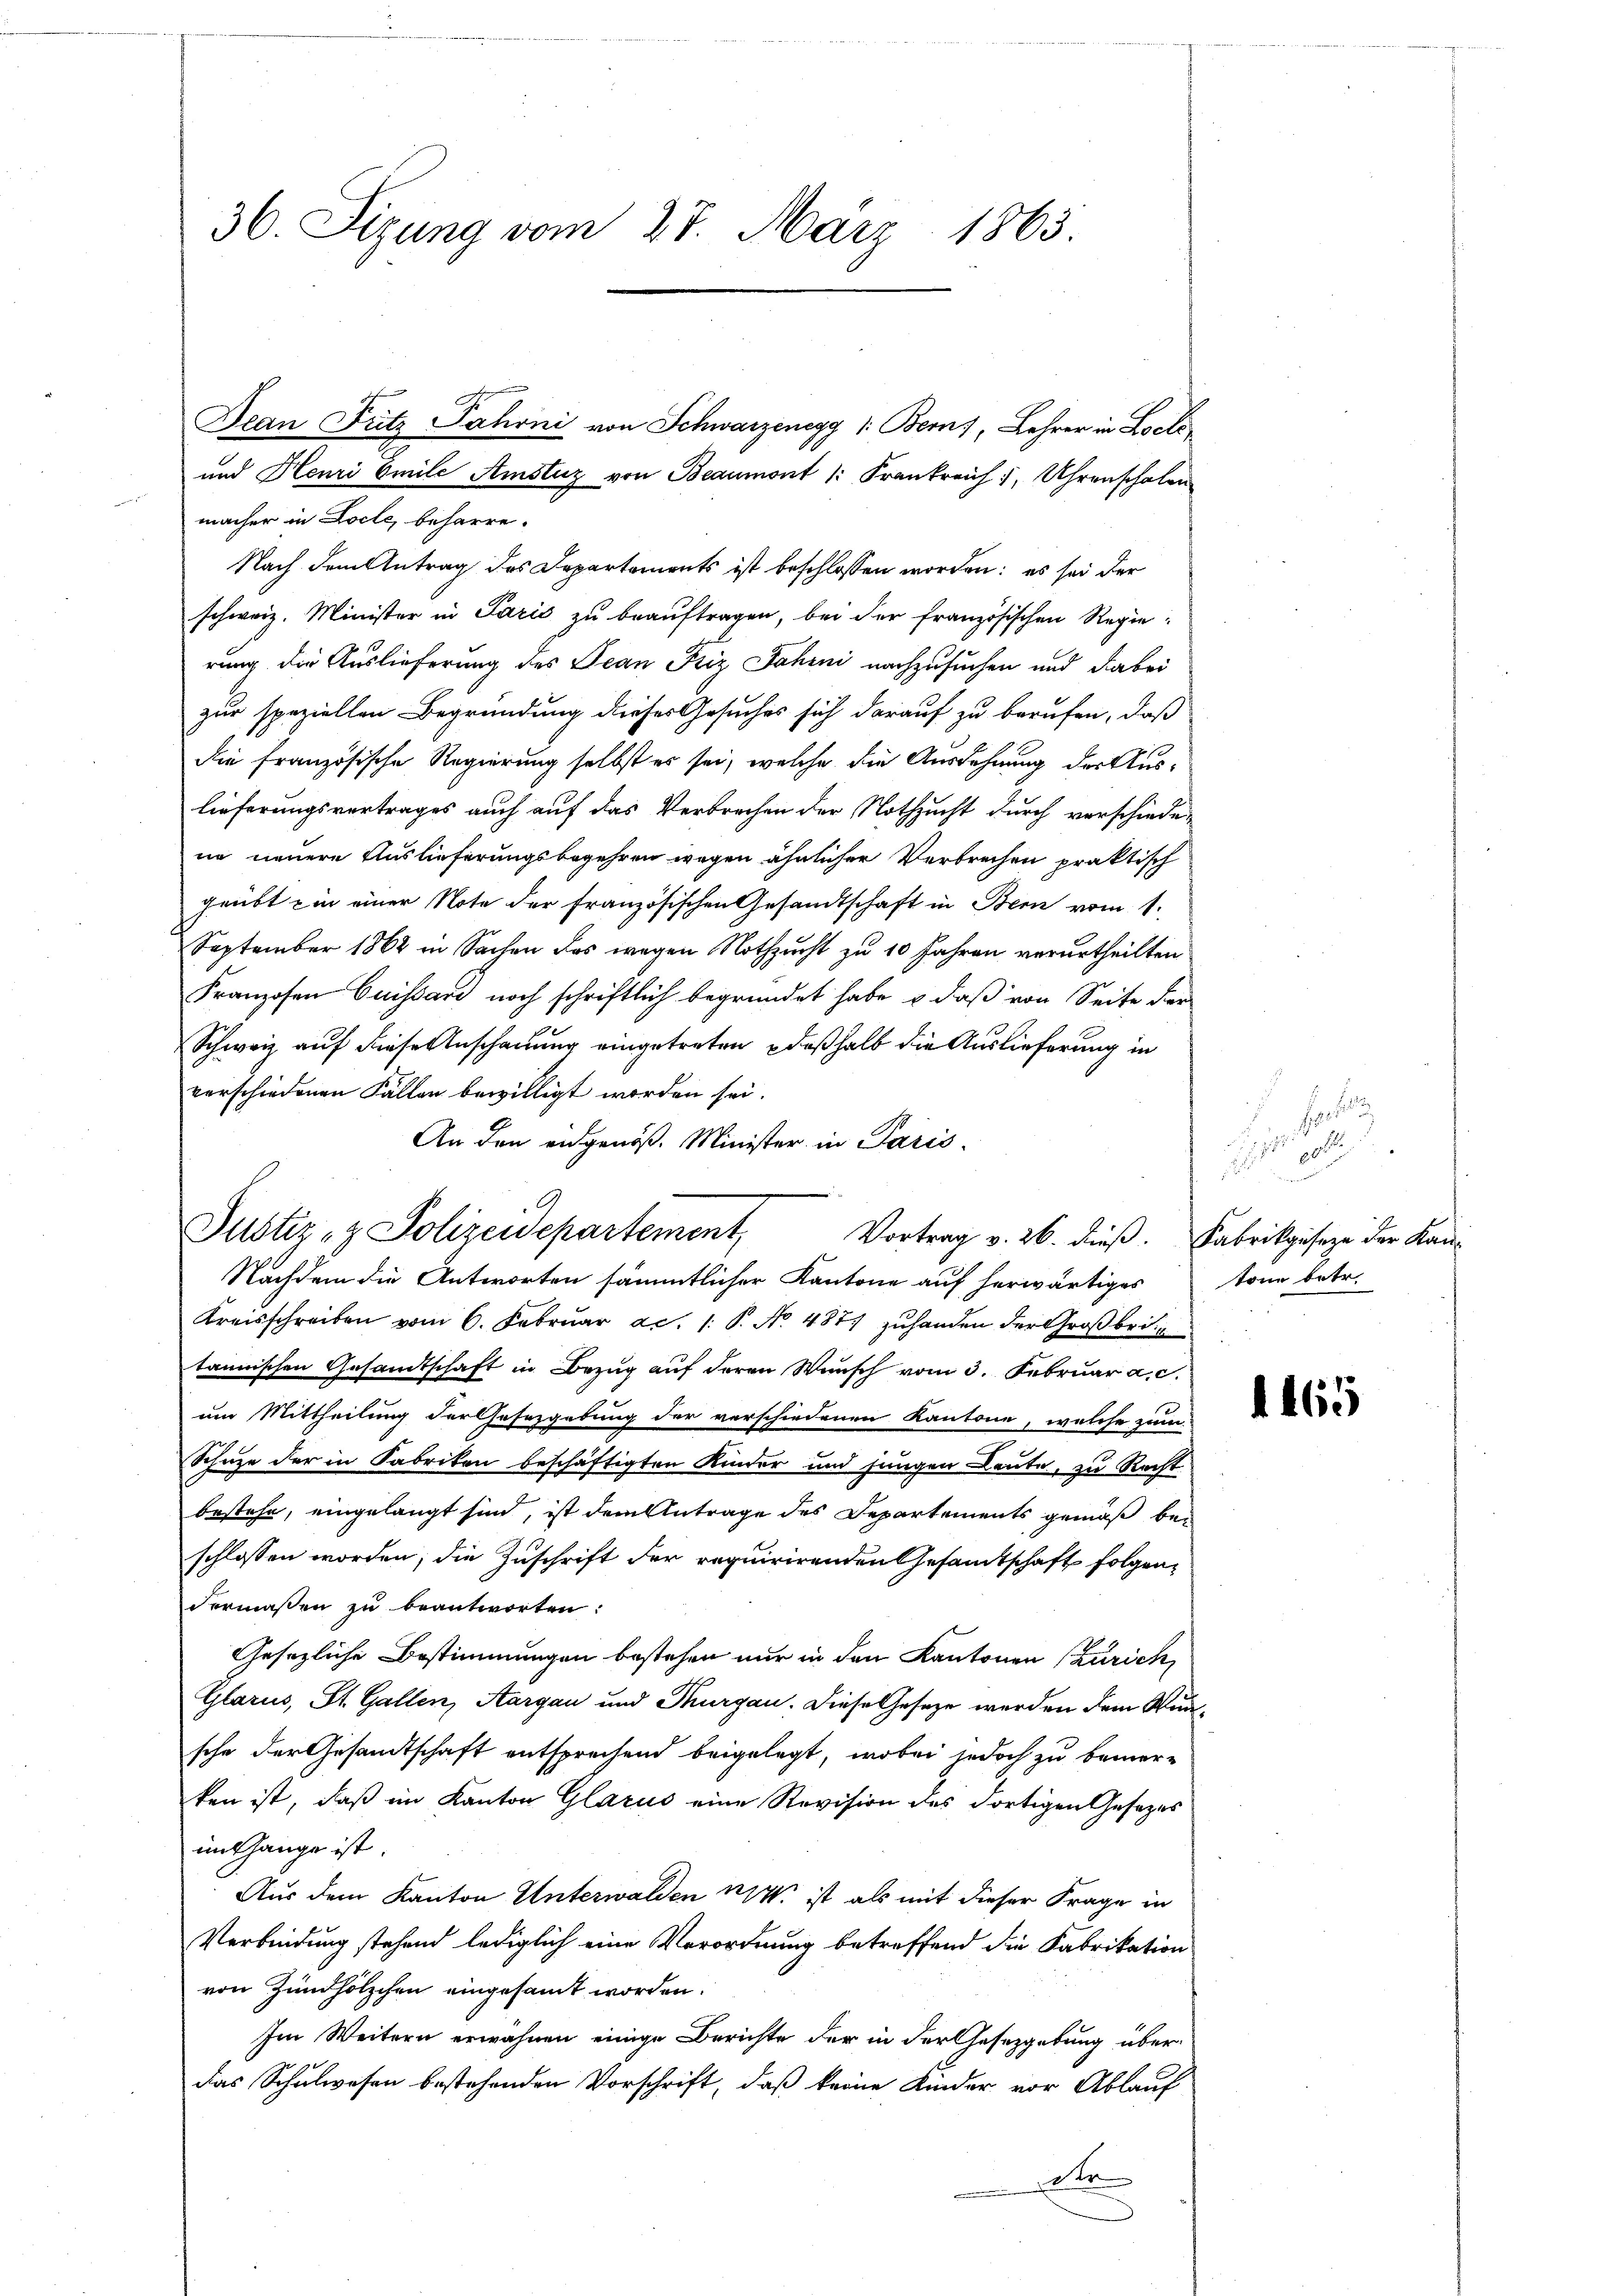
36. Sizung vom 27. März 1863.

Dean Fütz Jahrni von Schwarzenegg 1: Bern), Lehrer in Loele
und Henri Emile Amstuz von Beaumont 1: Frankreich, Uhrenschalen
macher in Locte, beharre.
Nach dem Antrag des Departements ist beschlossen worden; es sei der
schweiz. Minister in Paris zu beauftragen, bei der französischen Regierung die Auslieferung des Jean Piz Jahrni nachzusuchen und dabei
zur speziellen Begründung dieses Gesuches sich darauf zu berufen, daß
die französische Regierung selbst es sei, welche die Ausdehnung der Auslieferungsvertrages auch auf das Verbrechen der Nothzucht durch verschieden
ne neuere Auslieferungsbegehren wegen ähnlicher Verbrechen praktisch
geübt ein einer Note der französischen Gesandtschaft in Bern vom 1.
September 1862 in Sachen das wegen Nothzucht zu 10 Jahren verurtheilten
Franzosen Cuissard noch schriftlich begründet habe & daß von Seite der
Schweiz auf diese Anschauung eingetreten deßhalb die Auslieferung in
verschiedenen Fällen bewilligt worden sei.
An den eidgenöß. Minister in Paris
Nachdem die Antworten sämmtlicher Kantone auf herwärtiges
Kreisschreiben vom 6. Februar ac. 1: P. No. 487 zuhanden der Großbri
tannischen Gesamtschaft in Bezug auf deren Wunsch vom 3. Februar a. c.
um Mittheilung der Gesezgebung der verschiedenen Kantone, welche zum
Schuze der in Fabriken beschäftigten Kinder und Jungen Leute, zu Recht
bestehe, eingelangt sind, ist dem Antrage des Departements gemäß bei
schlossen worden; die Zuschrift der requirirenden Gesamtschaft folgendermassen zu beantworten:
Gesetzliche Bestimmungen bestehen nur in den Kantonen (Zürich,
Glarus, St. Gallen, Aargau und Thurgau. Diese Gesetze werden dem Wunsche der Gesandtschaft entsprechend beigelegt, wobei jedoch zu bemer-
ken ist, daß im Kanton Glarus eine Revision des dortigen Gesezes
mithange ist.
Aus dem Kanton Unterwalden M. ist als mit dieser Frage in
Verbindung stehend lediglich eine Verordnung betreffend die Fabrikation
von Zündhölzchen eingesamt worden.
Im Weitern erwähnen einige Berichte der in der Gesetzgebung überdas Schulwesen bestehenden Vorschrift, daß keine Kinder vor Ablauf
die

Justiz- & Polizeidepartement, Vortrag v. 26. dieß. Fabrikgeseze der Lau¬

Fel
Disp. poli

tone betr.

1465